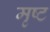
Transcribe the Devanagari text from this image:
मृष्ट